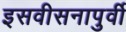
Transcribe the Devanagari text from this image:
इसवीसनापुर्वी